Lunatic asylums United Prov. 1922-30 - 1922-1930
Year: 1922
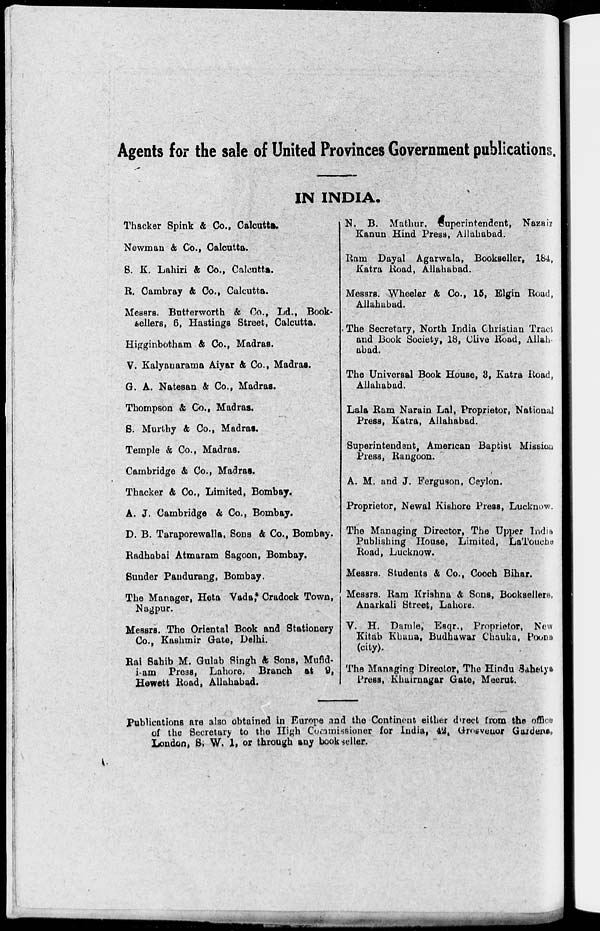
Agents for the sale of United Provinces Government publications.
IN INDIA.
Thacker Spink & Co., Calcutta
Newman & Co., Calcutta.
S. K. Lahiri & Co., Calcutta.
R. Cambray & Co., Calcutta.
Messrs. Butterworth & Co., Ld., Book-
sellers, 6, Hastings Street, Calcutta.
Higginbotham & Co., Madras.
V. Kalyanarama Aiyar & Co., Madras.
G. A. Natesan & Co., Madras.
Thompson & Co., Madras.
S. Murthy & Co., Madras.
Temple & Co., Madras.
Cambridge & Co., Madras.
Thacker & Co., Limited, Bombay.
A. J. Cambridge & Co., Bombay.
D. B. Taraporewalla, Sons & Co., Bombay.
Radhabai Atmaram Sagoon, Bombay.
Sunder Pandurang, Bombay.
The Manager, Heta Vada,* Cradock Town,
Nagpur.
Messrs. The Oriental Book and Stationery
Co., Kashmir Gate, Delhi.
Rai Sahib M. Gulab Singh & Sons, Mufid-
i-am Press, Lahore. Branch at 9,
Hewett Road, Allahabad.
N. B. Mathur, Superintendent, Nazair
Kanun Hind Press, Allahabad.
Ram Dayal Agarwala, Bookseller, 184,
Katra Road, Allahabad.
Messrs. Wheeler & Co., 15, Elgin Road,
Allahabad.
The Secretary, North India Christian Tract
and Book Society, 18, Clive Road, Allah-
abad.
The Universal Book House, 8, Katra Road,
Allahabad.
Lala Ram Narain Lal, Proprietor, National
Press, Katra, Allahabad.
Superintendent, American Baptist Mission
Press, Rangoon.
A. M. and J. Ferguson, Ceylon.
Proprietor, Newal Kishore Press, Lucknow.
The Managing Director, The Upper India
Publishing House, Limited, LaTouche
Road, Lucknow.
Messrs. Students & Co., Cooch Bihar.
Messrs. Ram Krishna & Sons, Booksellers,
Anarkali Street, Lahore.
V. H. Damle, Esqr., Proprietor, New
Kitab Khana, Budhawar Chauka, Poona
(city).
The Managing Director, The Hindu Sahetys
Press, Khairnagar Gate, Meerut.
Publications are also obtained in Europe and the Continent either direct from the office
of the Secretary to the High Commissioner for India, 42, Grosvenor Gardens,
London, S. W. 1, or through any bookseller.